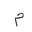
Letter: _mim